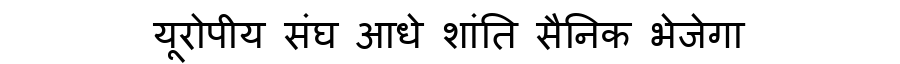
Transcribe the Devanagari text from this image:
यूरोपीय संघ आधे शांति सैनिक भेजेगा